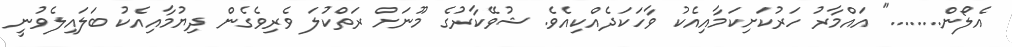
އެލޯން........" އައްމާރު ހަރުކަށިކަމާއިއެކު ވާހަކަދެއްކިއެވެ. ޝުވޭކާރުގެ މޫނަށް ރަތްކުލަ ވެރިވެގެން ދިޔުމާއިއެކު ބަލައިލެވުނީ